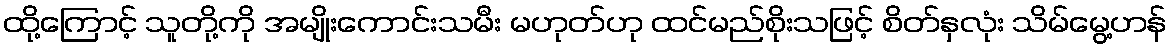
ထို့ကြောင့် သူတို့ကို အမျိုးကောင်းသမီး မဟုတ်ဟု ထင်မည်စိုးသဖြင့် စိတ်နှလုံး သိမ်မွေ့ဟန်